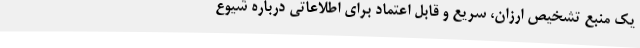
یک منبع تشخیص ارزان، سریع و قابل اعتماد برای اطلاعاتی درباره شیوع